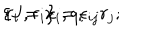
\{ J , r _ { i } \} = \epsilon _ { i j } r _ { j } ; \hspace { 1 . 5 c m } r _ { i } = x _ { i } , q _ { i }